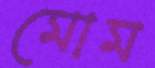
মোম